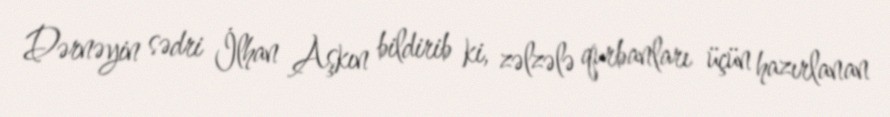
Dərnəyin sədri İlhan Aşkın bildirib ki, zəlzələ qurbanları üçün hazırlanan